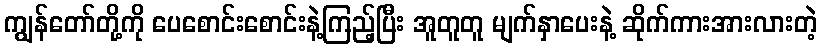
ကျွန်တော်တို့ကို ပေစောင်းစောင်းနဲ့ကြည့်ပြီး အူတူတူ မျက်နှာပေးနဲ့ ဆိုက်ကားအားလားတဲ့